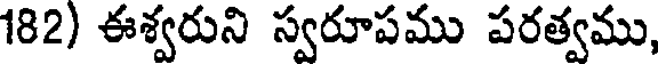
182) ఈశ్వరుని స్వరూపము పరత్వము,